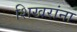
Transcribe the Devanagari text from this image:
शिखरांना